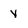
Character: v